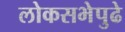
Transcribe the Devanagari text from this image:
लोकसभेपुढे